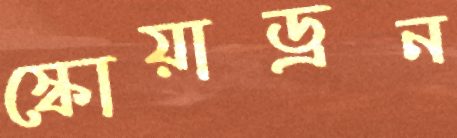
স্কোয়াড্রন